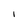
Character: I